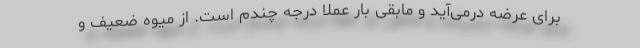
برای عرضه درمی‌آید و مابقی بار عملا درجه چندم است. از میوه ضعیف و